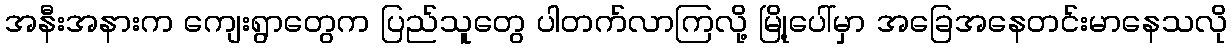
အနီးအနားက ကျေးရွာတွေက ပြည်သူတွေ ပါတက်လာကြလို့ မြို့ပေါ်မှာ အခြေအနေတင်းမာနေသလို